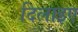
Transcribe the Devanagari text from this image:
दिलाइए